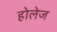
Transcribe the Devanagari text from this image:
होलेज